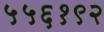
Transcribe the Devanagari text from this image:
५५६१९२